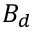
B _ { d }